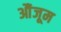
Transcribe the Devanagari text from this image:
औंजूम